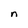
Character: n